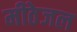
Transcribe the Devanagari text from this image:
मीठेजल